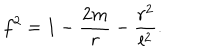
f ^ { 2 } = 1 - \frac { 2 m } { r } - \frac { r ^ { 2 } } { l ^ { 2 } } .